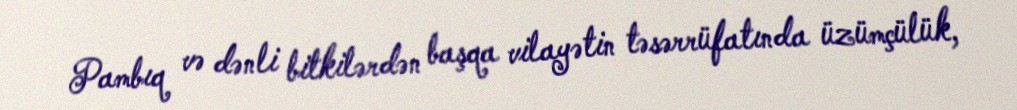
Pambıq və dənli bitkilərdən başqa vilayətin təsərrüfatında üzümçülük,